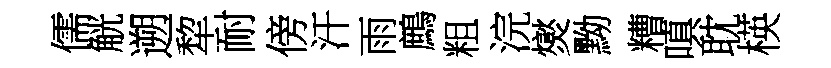
儒觥遡犂耐傍汗雨鷓粗浣爕黝糟嗔耽楧